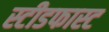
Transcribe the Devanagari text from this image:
स्टीडफास्ट